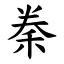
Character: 䅈